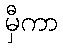
မှီကာ